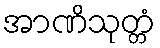
အာဏိသုတ္တံ